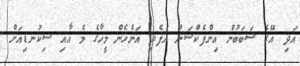
އަދި އޭގެ ސަބަބުން އިންފެކްޝަން އުފެދި އަންހެން މީހާގެ މެ އާއި ސިކުނޑިއަށް